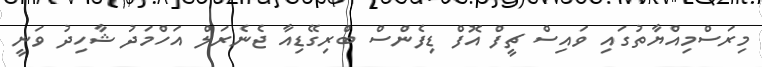
މިރަސްމިއްޔާތުގައި ވައިސް ޗީފް އޮފް ޑިފެންސް ބްރިގޭޑިއާ ޖެނެރަލް އަހްމަދު ޝާހިދު ވަނީ